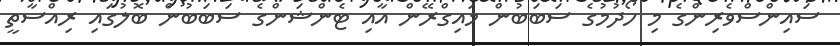
ސައިންސްވެރިންގެ މި ހޯދުމުގެ ސަބަބުން މައިގްރޭން އާއި ޓެންޝަންގެ ސަބަބުން ބޮލުގައި ރިއްސާތީ